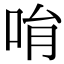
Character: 𠱝